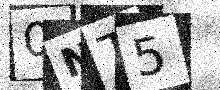
Text: 0NT5